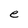
Character: e